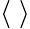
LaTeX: \langle\; \rangle